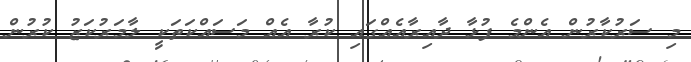
މި ސަރުކާރުން އެންމެ ފުޅާ ދާއިރާއެއްގައި ކުރާ އެއް މަސައްކަތަކީ ލާމަރުކަޒު ކުރުން